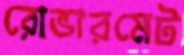
রোভারমেট